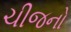
ચીજનો